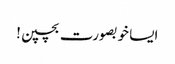
ایسا خوبصورت بچپن!